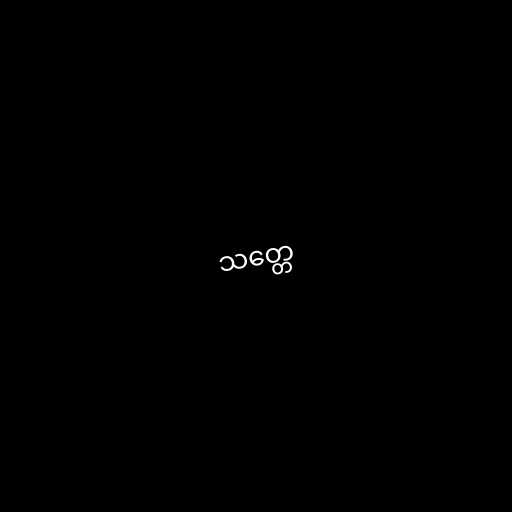
သတ္တေ